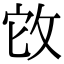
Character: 𢼊